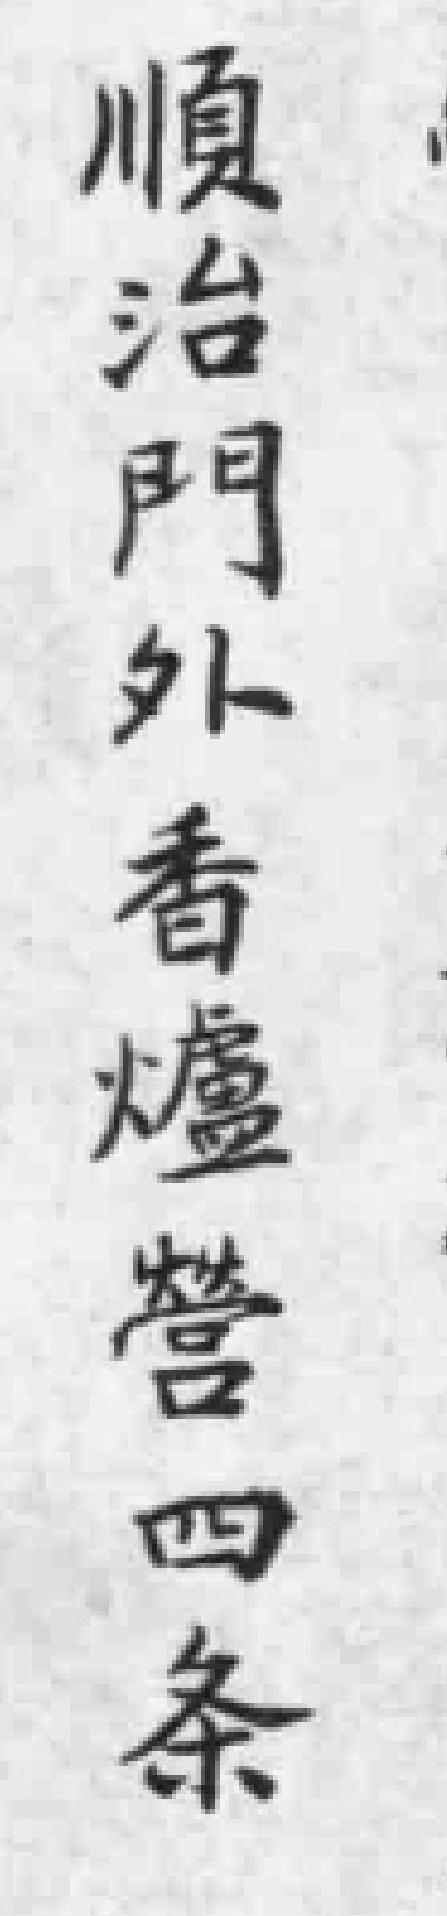
順治門外香爐營四条